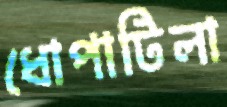
ধোপাটিলা